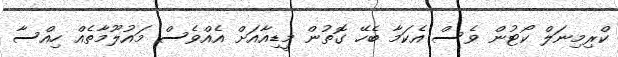
ކްރިމިނަލް ކޯޓުން ވެސް އެކަމާ ބެހޭ ގޮތުން މީޑިއާއަށް އެއްވެސް މައުލޫމާތެއް ހިއްސާ